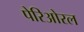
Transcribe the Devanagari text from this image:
पेरिओरल